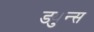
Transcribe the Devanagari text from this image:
ड्युन्स